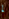
لم